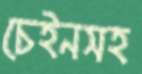
চেইনসহ